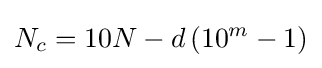
N_{c}=10N-d\left(10^{m}-1\right)